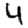
Digit: 4